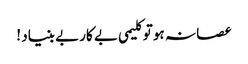
عصا نہ ہو تو کلیمی بے کار بے بنیاد !